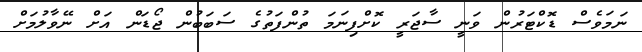
ނަމަވެސް ޑޮކްޓަރުން ވަނީ ސާޖަރީ ކޮށްފިނަމަ ތުންފަތުގެ ސަބަބުން ޖޯޑަން އަށް ނޭވާލުމަށް